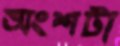
অংশটা